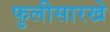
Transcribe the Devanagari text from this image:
फुलीसारखे